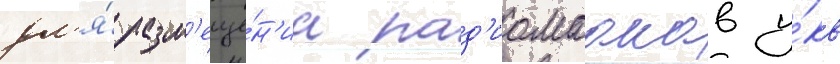
дл'я́ разм'еще́н'иа рад'иомаакав у́кв